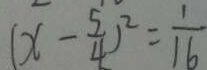
( x - \frac { 5 } { 4 } ) ^ { 2 } = \frac { 1 } { 1 6 }